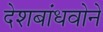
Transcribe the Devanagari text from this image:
देशबांधवोने